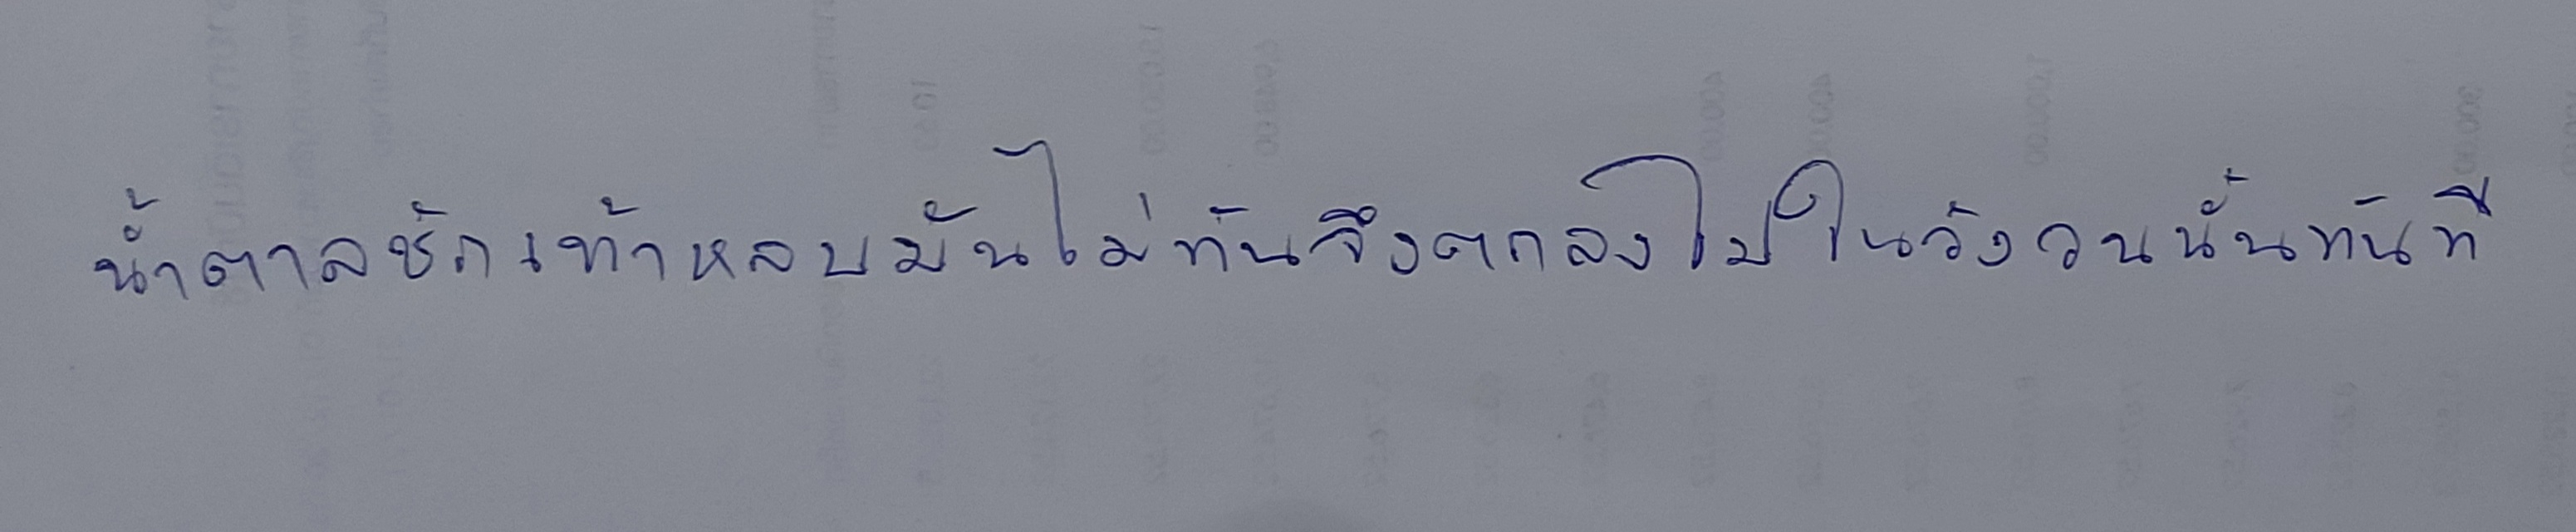
น้ำตาลชักเท้าหลบมันไม่ทันจึงตกลงไปในวังวนนั้นทันที